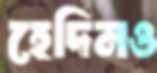
হেদিনও